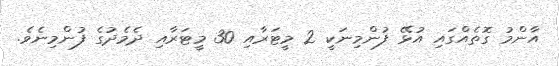
އާންމު ގޮތެއްގައި އުޅޭ ފުންމިނަކީ 2 މީޓަރާއި 30 މީޓަރާއި ދެމެދުގެ ފުންމިނެވެ.